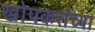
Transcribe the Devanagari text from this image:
खोपकरांच्या